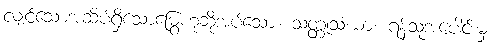
လျှင်သောအဆိပ်ရှိသောမြွေဟုဆိုအပ်သော။ သတ္တုသံဃာ၊ ရန်သူအပေါင်းမှ။